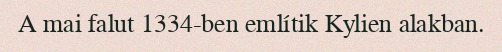
A mai falut 1334-ben említik Kylien alakban.